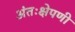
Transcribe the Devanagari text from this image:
अंतःक्षेपणी